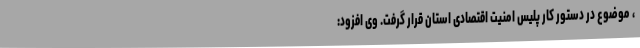
، موضوع در دستور کار پلیس امنیت اقتصادی استان قرار گرفت. وی افزود: